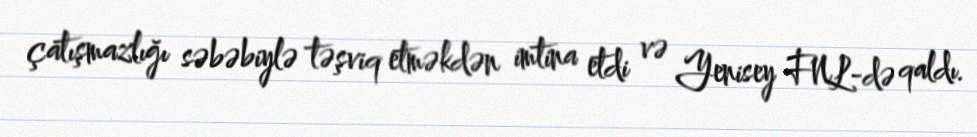
çatışmazlığı səbəbiylə təşviq etməkdən imtina etdi və Yenisey FNL-də qaldı.